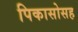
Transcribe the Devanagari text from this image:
पिकासोसह